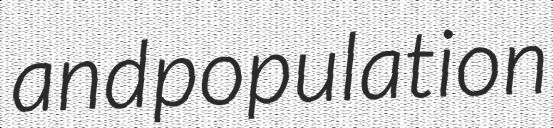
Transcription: and population